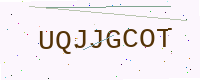
Text: UQJJGCOT